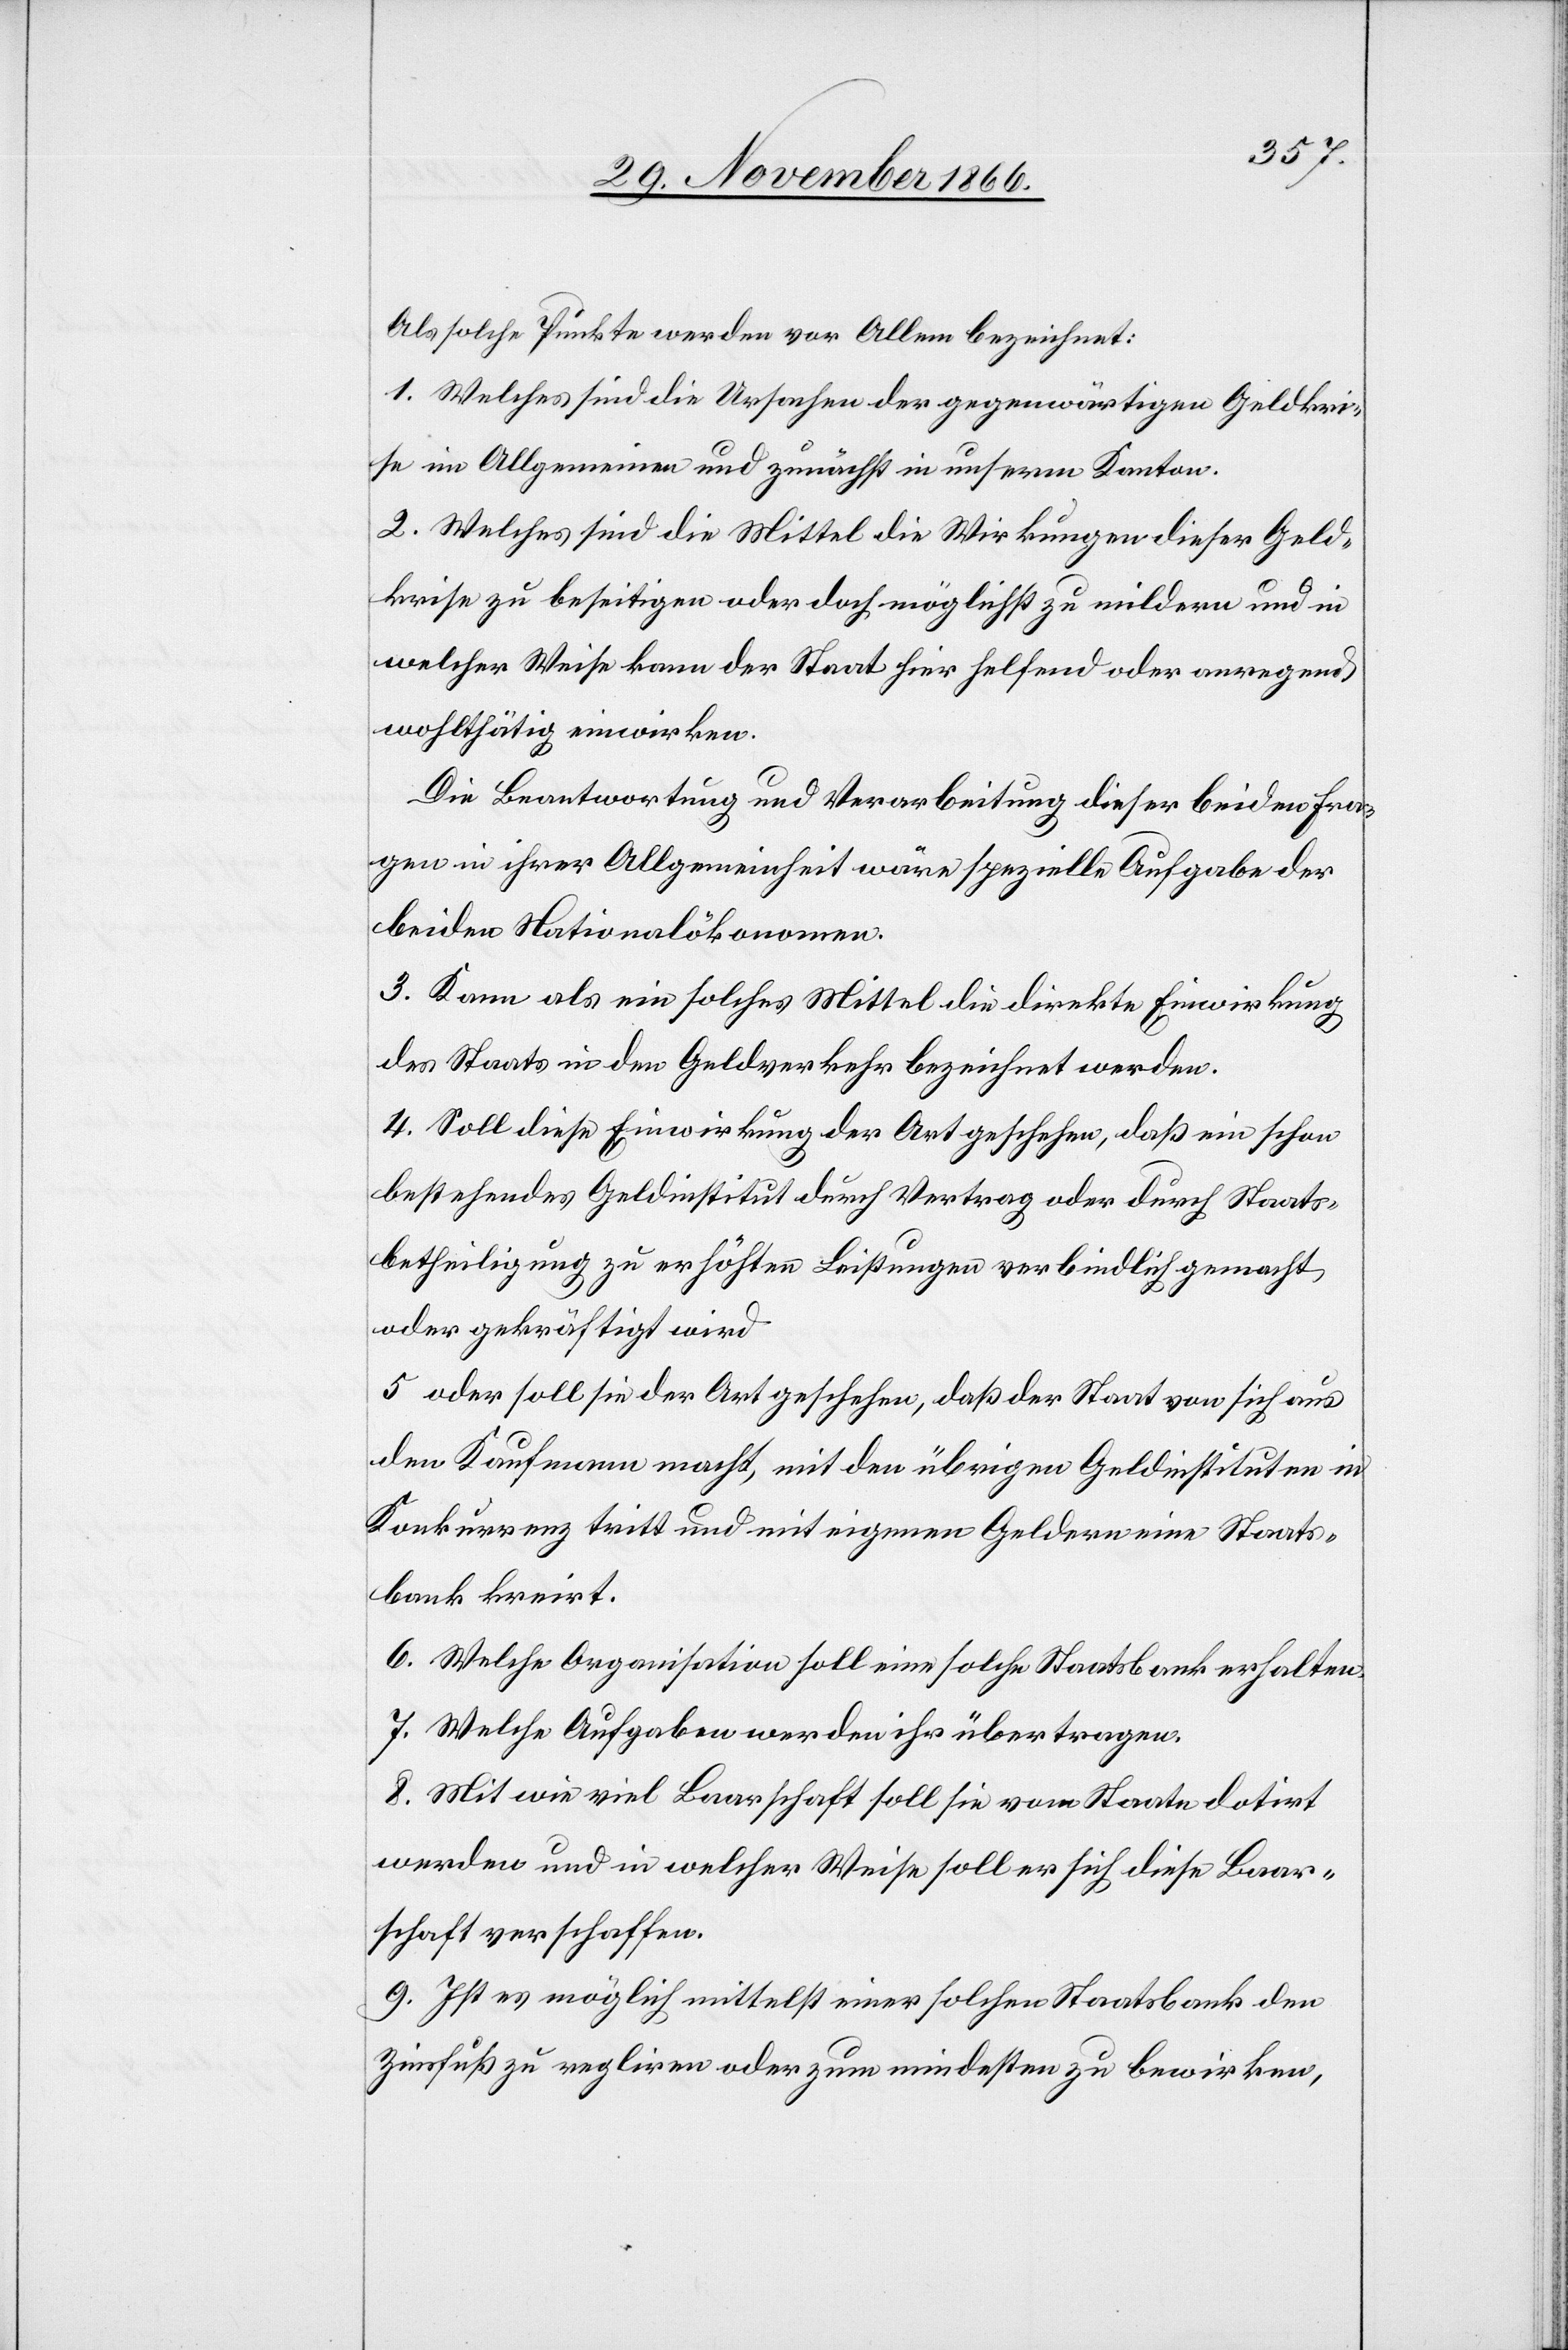
Als solche Punkte werden vor Allem bezeichnet:
1. Welches sind die Ursachen der gegenwärtigen Geldkri¬
se im Allgemeinen und zunächst in unserem Kanton.
2. Welches sind die Mittel die Wirkungen dieser Geld¬
krise zu beseitigen oder doch möglichst zu mildern und in
welcher Weise kann der Staat hier helfend oder anregend
wohlthätig einwirken.
Die Beantwortung und Verarbeitung dieser beiden Fra¬
gen in ihrer Allgemeinheit wäre spezielle Aufgabe der
beiden Nationalökonomen.
3. Kann als ein solches Mittel die direkte Einwirkung
des Staats in den Geldverkehr bezeichnet werden.
4. Soll diese Einwirkung der Art geschehen, daß ein schon
bestehendes Geldinstitut durch Vertrag oder durch Staats¬
betheiligung zu erhöhten Leistungen verbindlich gemacht
oder gekräftigt wird.
5. oder soll sie der Art geschehen, daß der Staat von sich aus
den Kaufmann macht, mit den übrigen Geldinstituten in
Konkurrenz tritt und mit eigenen Geldern eine Staats¬
bank kreirt.
6. Welche Organisation soll eine solche Staatsbank erhalten.
7. Welche Aufgaben werden ihr übertragen.
8. Mit wie viel Baarschaft soll sie vom Staate dotirt
werden und in welcher Weise soll er sich diese Baar¬
schaft verschaffen.
9. Ist es möglich mittelst einer solchen Staatsbank den
Zinsfuß zu regliren oder zum mindesten zu bewirken,